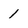
Character: 1